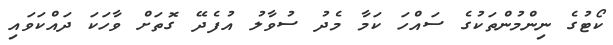
ކޯޓުގެ ނިންމުންތަކުގެ ސައްހަ ކަމާ މެދު ސުވާލު އުފެދޭ ގޮތަށް ވާހަކަ ދައްކަވައި